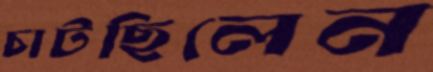
চাটছিলেন